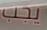
يجب